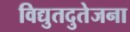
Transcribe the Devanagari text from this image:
विद्युतदुतेजना